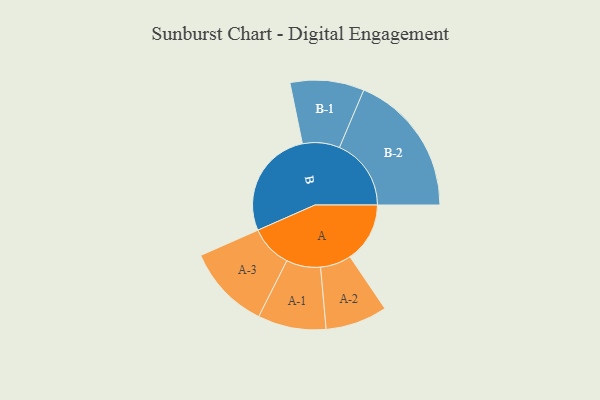
{"axis": {"x": "Segment", "y": "Value"}, "legend": ["", "A", "B"], "data": [{"x": "A", "y": 207, "type": ""}, {"x": "B", "y": 378, "type": ""}, {"x": "A-1", "y": 118, "type": "A"}, {"x": "A-2", "y": 107, "type": "A"}, {"x": "A-3", "y": 146, "type": "A"}, {"x": "B-1", "y": 128, "type": "B"}, {"x": "B-2", "y": 248, "type": "B"}]}